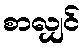
စာလျှင်